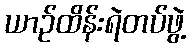
ယာဉ်ထိန်းရဲတပ်ဖွဲ့